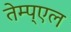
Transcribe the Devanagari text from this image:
तेम्प्एल